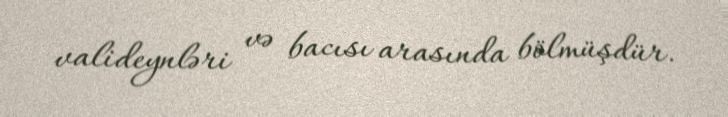
valideynləri və bacısı arasında bölmüşdür.